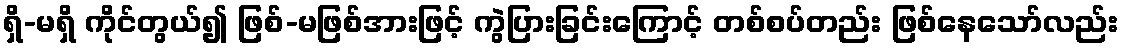
ရှိ-မရှိ ကိုင်တွယ်၍ ဖြစ်-မဖြစ်အားဖြင့် ကွဲပြားခြင်းကြောင့် တစ်စပ်တည်း ဖြစ်နေသော်လည်း